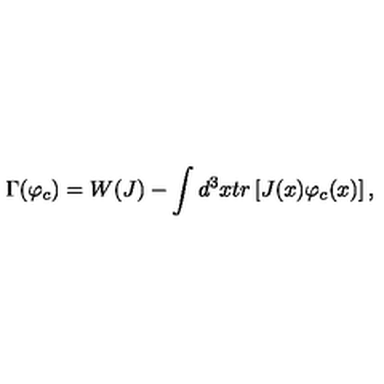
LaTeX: \Gamma ( \varphi _ { c } ) = W ( J ) - \int d ^ { 3 } x t r \left[ J ( x ) \varphi _ { c } ( x ) \right] ,